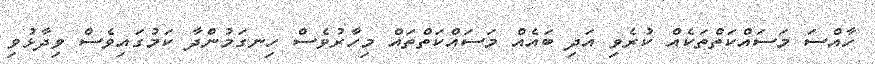
ހާއްސަ މަސައްކަތްތަކެއް ކުރެވި އަދި ބައެއް މަސައްކަތްތައް މިހާރުވެސް ހިނގަމުންދާ ކަމުގައިވެސް ވިދާޅުވި